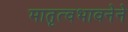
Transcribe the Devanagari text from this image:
मातृत्वभावनेने